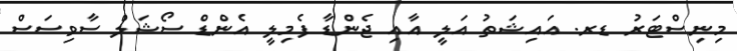
މިނިސްޓަރު ޑރ. އައިޝަތު އަލީ އާއި ޖެންޑާ ފެމިލީ އެންޑް ސޯޝަލް ސާވިސަސް